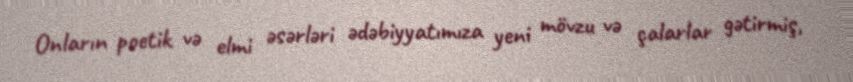
Onların poetik və elmi əsərləri ədəbiyyatımıza yeni mövzu və çalarlar gətirmiş,